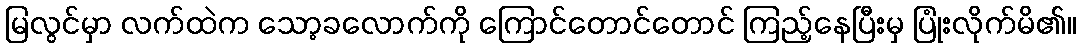
မြလွင်မှာ လက်ထဲက သော့ခလောက်ကို ကြောင်တောင်တောင် ကြည့်နေပြီးမှ ပြုံးလိုက်မိ၏။